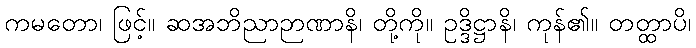
ကမတော၊ ဖြင့်။ ဆအဘိညာဉာဏာနိ၊ တို့ကို။ ဥဒ္ဒိဋ္ဌာနိ၊ ကုန်၏။ တတ္ထာပိ၊